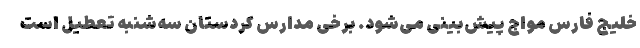
خلیج فارس مواج پیش‌بینی می‌شود. برخی مدارس کردستان سه‌شنبه تعطیل است